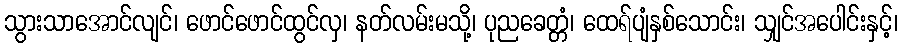
သွားသာအောင်လျင်၊ ဖောင်ဖောင်ထွင်လှ၊ နတ်လမ်းမသို့၊ ပုညခေတ္တံ၊ ထေရ်ပျံနှစ်သောင်း၊ သျှင်အပေါင်းနှင့်၊